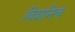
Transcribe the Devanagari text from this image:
विशनिच